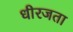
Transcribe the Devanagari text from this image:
धीरजता